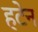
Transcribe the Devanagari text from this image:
हटेन